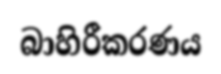
බාහිරීකරණය